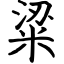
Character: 粱